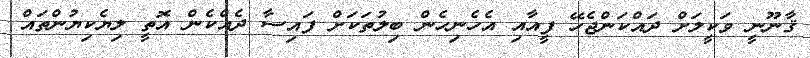
ޤާނޫނީ ވަކީލަށް ދައްކަންޖެހޭ ފީއާއި އެހެނިހެން ބިލުތަކަށް ފައިސާ ދެއްކެން އޮތީ ލިޔެކިޔުންތައް